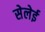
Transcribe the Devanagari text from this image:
सेलेई